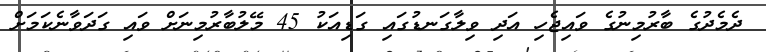
ދެމެދުގެ ބާރުމިނުގެ ވައިޖެހި އަދި ވިލާގަނޑުގައި ގަޑިއަކު 45 މޭލުބާރުމިނަށް ވައި ގަދަވާނެކަމަށް